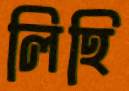
লিহি